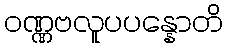
ဝဏ္ဏဗလူပပန္နောတိ